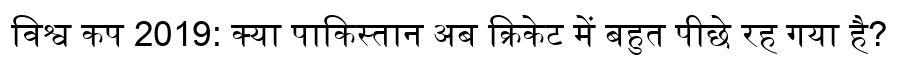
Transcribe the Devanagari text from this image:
विश्व कप 2019: क्या पाकिस्तान अब क्रिकेट में बहुत पीछे रह गया है?